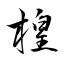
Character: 楻